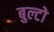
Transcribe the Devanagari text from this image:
बुल्टो